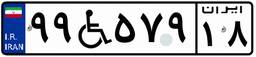
۹۹W۵۷۹۱۸